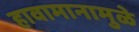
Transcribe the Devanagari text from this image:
हावामानामुळे